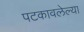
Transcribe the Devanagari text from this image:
पटकावलेल्या